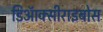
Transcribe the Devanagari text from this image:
डिऑक्सीराइबोस